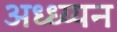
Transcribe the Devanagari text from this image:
अध्ध्य्यन